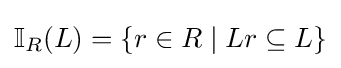
\mathbb {I} _{R}(L)=\{r\in R\mid Lr\subseteq L\}